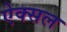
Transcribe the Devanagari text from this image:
ऐक्सल